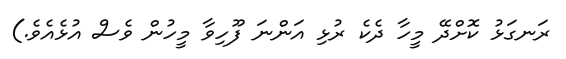
ރަނގަޅު ކޮށްދޭ މީހާ ދެކެ ރުޅި އަންނަ ފޫހިވާ މީހުން ވެސް އުޅެއެވެ.)